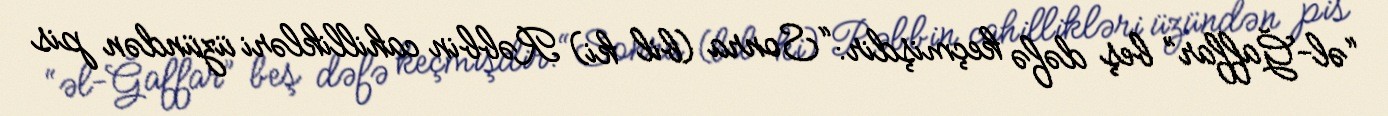
“əl-Ğaffar” beş dəfə keçmişdir: “Sonra (bil ki) Rəbbin cahillikləri üzündən pis